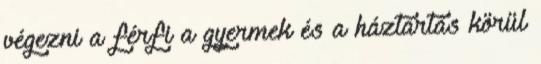
végezni a férfi a gyermek és a háztartás körül